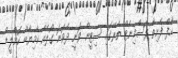
ހާފް ފެށިތާ ފަސްމިނެޓް ތެރޭގައި ސިޓީން ވަނީ ދެވަނަ ގޯލެއް ކާމިޔާބް ކޮށްލީޑް